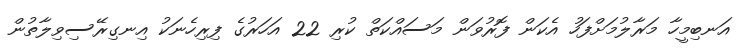
އަނބިމީހާ މަރާލުމަށްފަހު އެކަން ފޮރުވަން މަސައްކަތް ކުރި 22 އަހަރުގެ ފިރިހެނަކު އިނގިރޭސިވިލާތުން